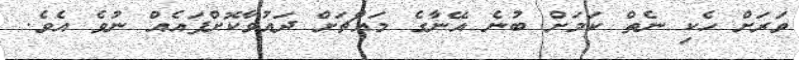
ވަރަށް ހެކި ނެތް ކަމަށް ބުނެ އޭނާގެ މައްޗަށް ދައުވާކޮށްފައެއް ނުވެ އެވެ.